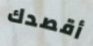
أقصدك